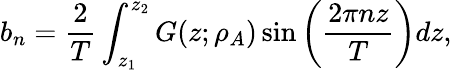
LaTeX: b_{n}=\frac{2}{T}\int_{z_{1}}^{z_{2}}G(z;\rho_{A})\sin{\bigg(\frac{2\pi nz}{T}\bigg)}dz,